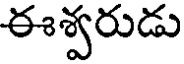
ఈశ్వరుడు